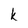
Character: k